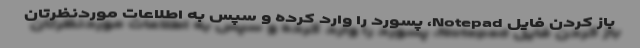
باز کردن فایل Notepad، پسورد را وارد کرده و سپس به اطلاعات موردنظرتان